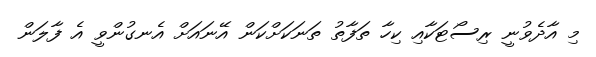
މި އާދެވުނީ ރިސޯޓަކާއި ކިހާ ތަފާތު ތަނަކަށްކަން އޭނައަށް އެނގުންވީ އެ ފާލަން